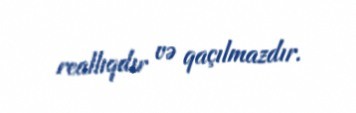
reallıqdır və qaçılmazdır.